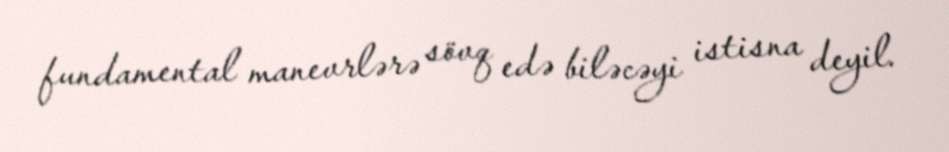
fundamental manevrlərə sövq edə biləcəyi istisna deyil.